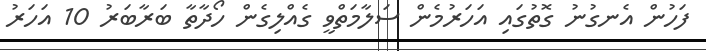
ފަހުން އެނގުނު ގޮތުގައި އަހަރުމެން ސަލާމަތްވީ ގެއްލިގެން ހޯދާތާ ބަރާބަރު 10 އަހަރު